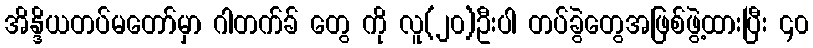
အိန္ဒိယတပ်မတော်မှာ ဂါတက်ခ် တွေ ကို လူ(၂၀)ဦးပါ တပ်ခွဲတွေအဖြစ်ဖွဲ့ထားပြီး ၄၀